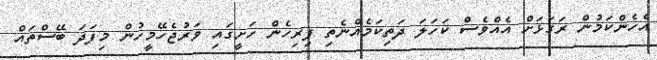
އެހެންކަމުން ރަގަޅަށް އެއްވެސް ކަހަލަ ދަތިކަމެއްނެތި ފިރިހެން ހަށީގައި ވަރުޖެހޭމީހުން މިފަދަ ބޭސްތައް